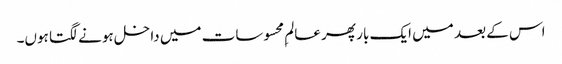
اس کے بعد میں ایک بار پھر عالمِ محسوسات میں داخل ہونے لگتا ہوں۔